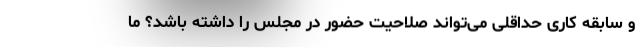
و سابقه کاری حداقلی می‌تواند صلاحیت حضور در مجلس را داشته باشد؟ ما